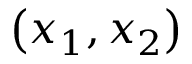
\left( x _ { 1 } , x _ { 2 } \right)